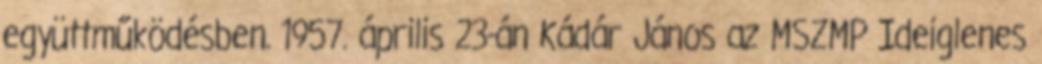
együttműködésben. 1957. április 23-án Kádár János az MSZMP Ideiglenes